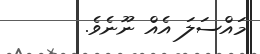
މައްސަލަ އެއް ނޫނެވެ.